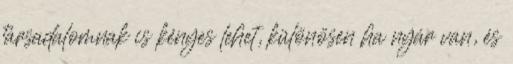
társadalomnak is kényes lehet, különösen ha nyár van, és